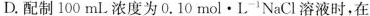
D. 配制 100mL浓 度为 0.10mol·L^{ -1}NaCl溶液时，在